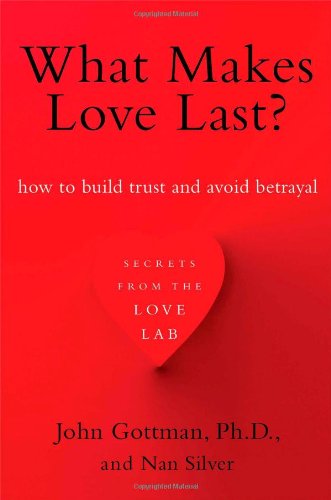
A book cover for What Makes Love Last?: How to Build Trust and Avoid Betrayal; John Gottman Ph.D.; Parenting & Relationships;